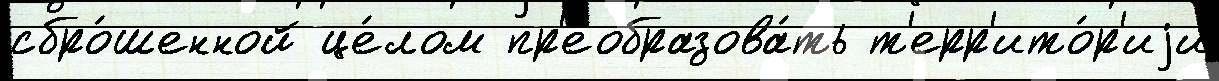
сбро́шенной це́лом пр'еобразова́ть т'ерр'ито́р'иjи